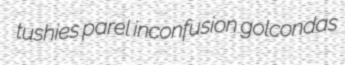
tushies parel inconfusion golcondas